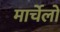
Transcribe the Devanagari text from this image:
मार्चेलो